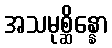
အသမုစ္ဆိန္နော